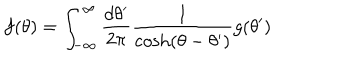
f ( \theta ) = \int _ { - \infty } ^ { \infty } { \frac { d \theta ^ { \prime } } { 2 \pi } } { \frac { 1 } { \cosh ( \theta - \theta ^ { \prime } ) } } g ( \theta ^ { \prime } )